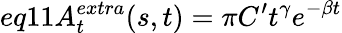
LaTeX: eq11A_{t}^{extra}(s,t)=\pi C^{\prime}t^{\gamma}e^{-\beta t}